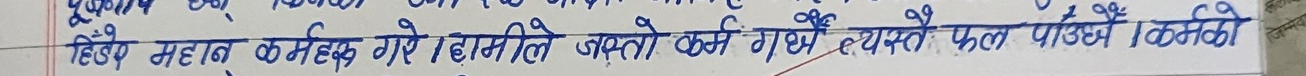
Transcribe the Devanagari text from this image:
हिँडेर महान कर्महरू गरे। हामीले जस्तो कर्म गर्दै त्यस्तै फल पाउँछौँ । कर्मको
जिम्मेव